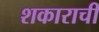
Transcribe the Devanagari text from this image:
शकाराची